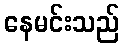
နေမင်းသည်